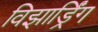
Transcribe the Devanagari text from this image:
विझार्ड्रिंग